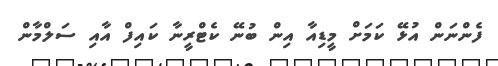
ފެންނަން އުޅޭ ކަމަށް މީޑިއާ އިން ބުނޭ ކެޓްރީނާ ކައިފް އާއި ސަލްމާން